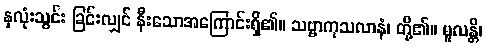
နှလုံးသွင်း ခြင်းလျှင် နီးသောအကြောင်းရှိ၏။ သဗ္ဗာကုသလာနံ၊ တို့၏။ မူလန္တိ၊